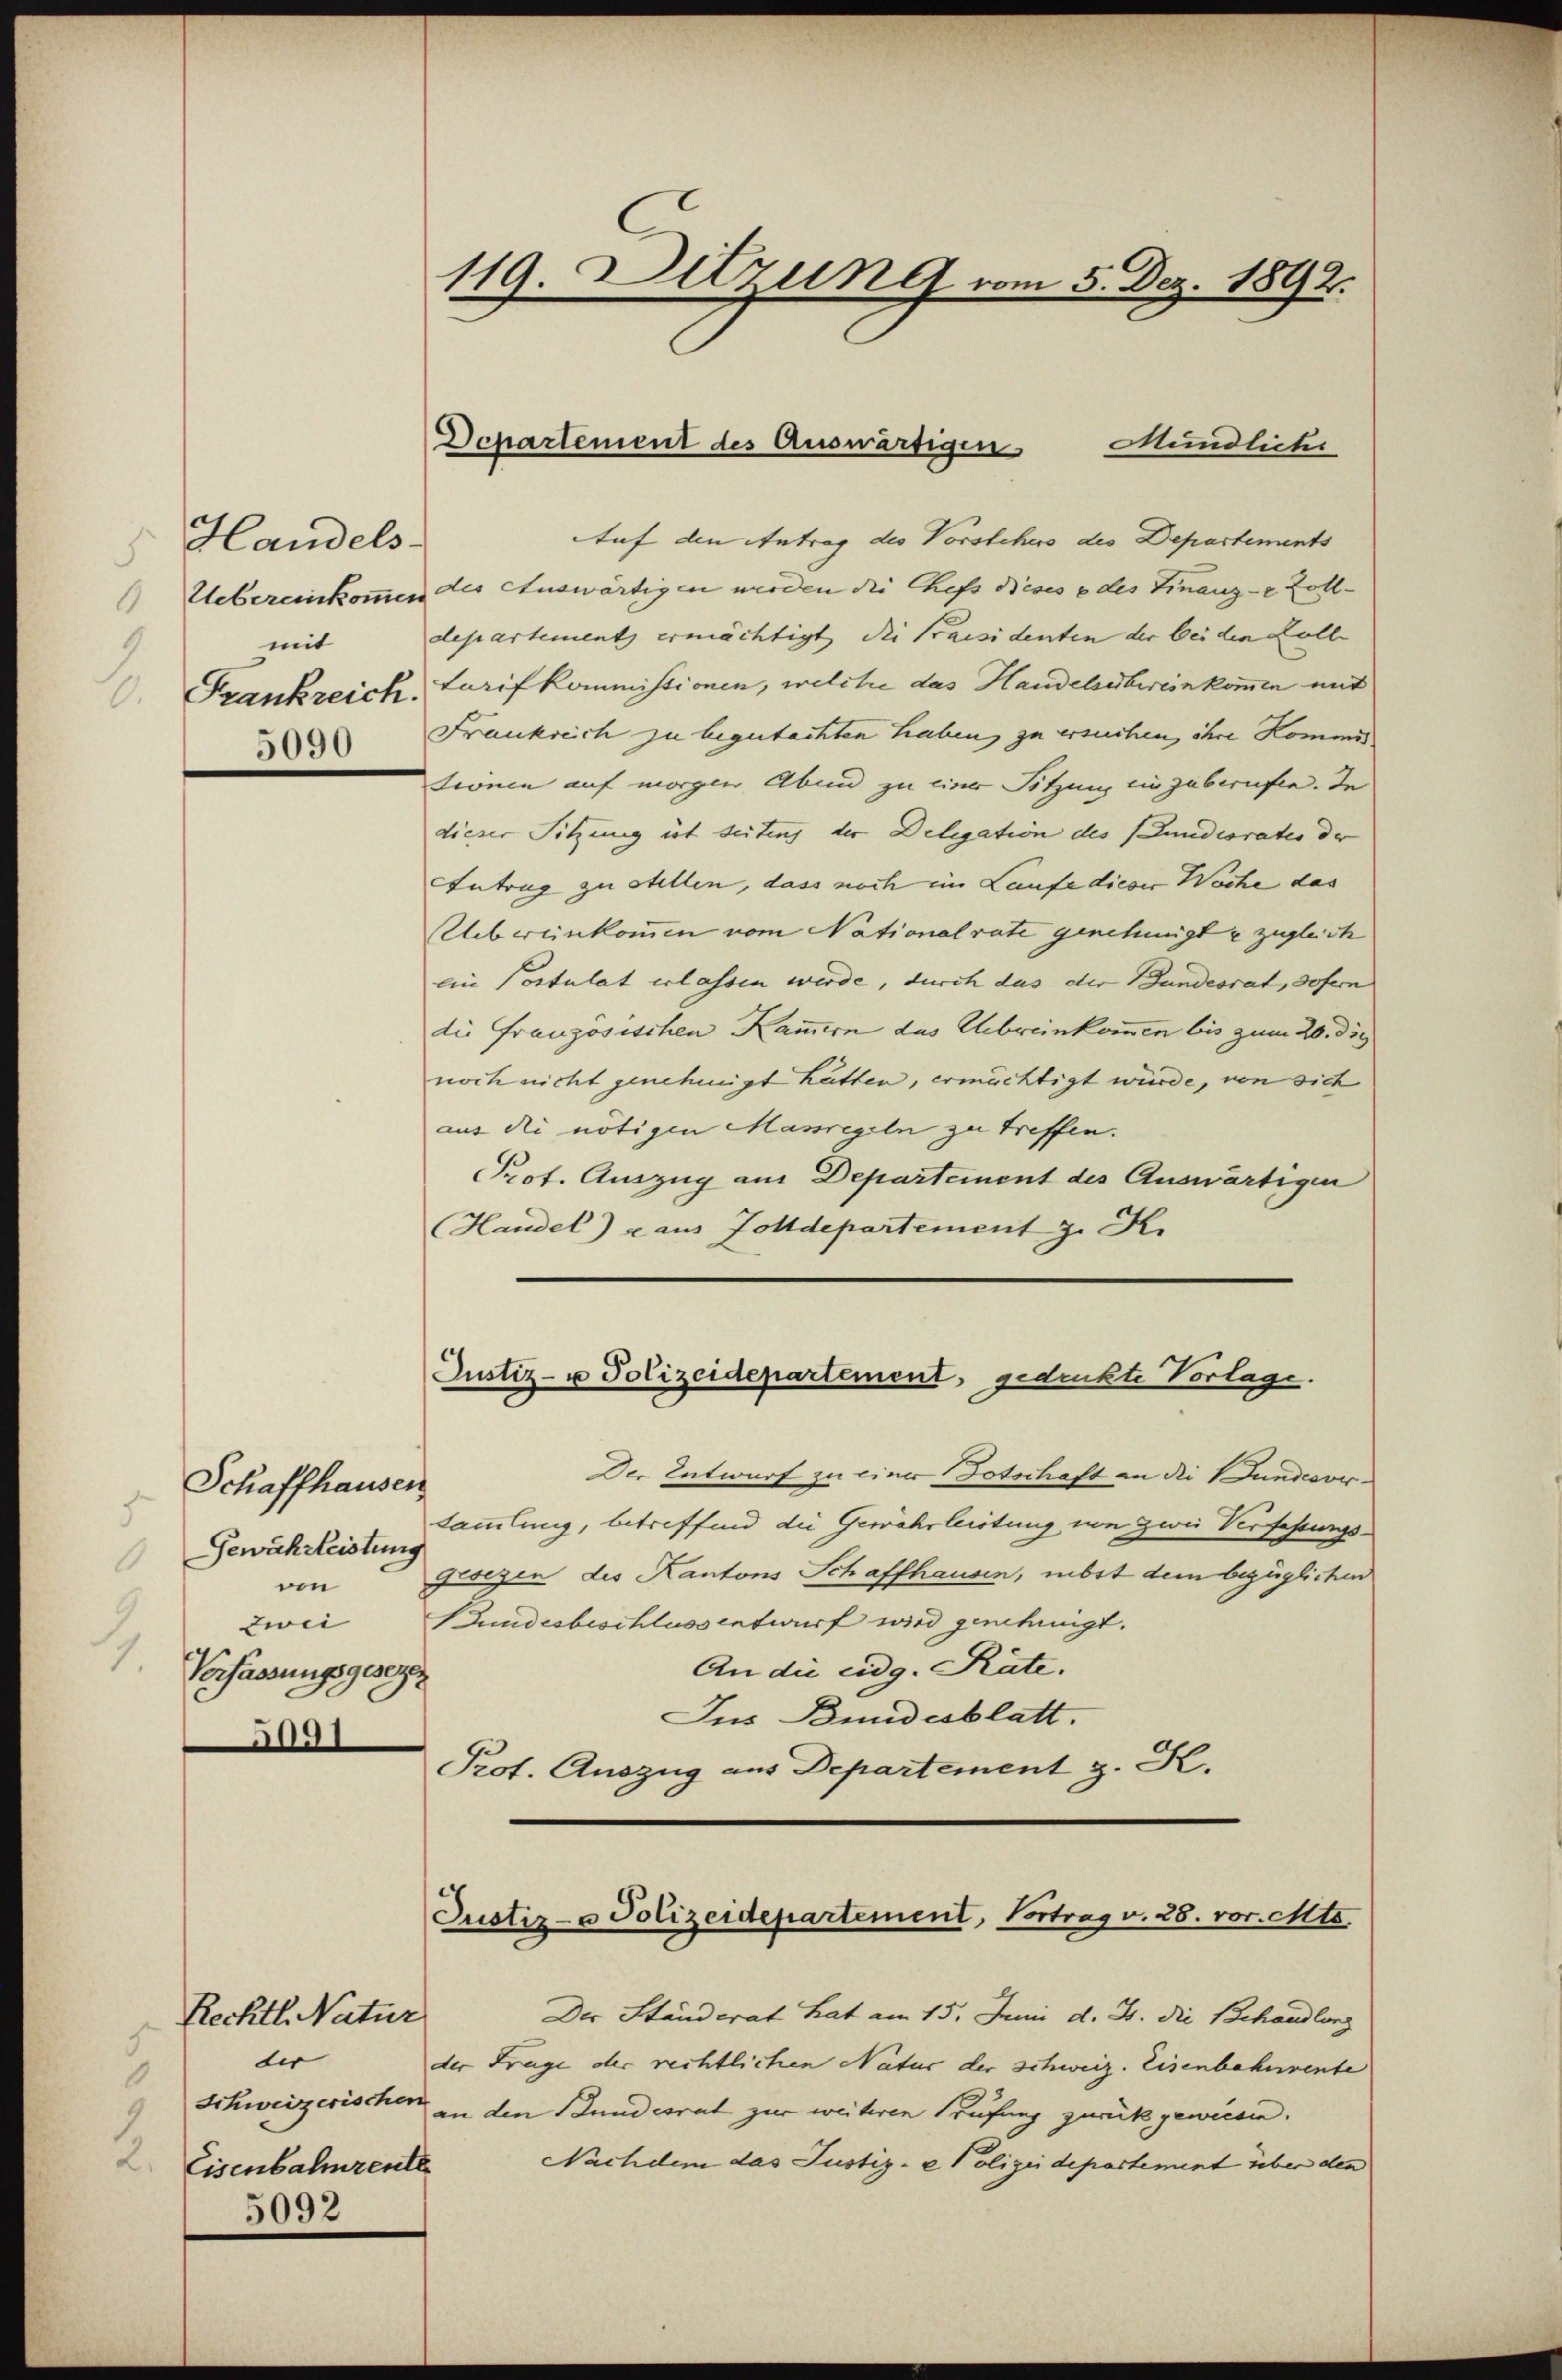
5

Handels-
mit
5090

Schaffhausen
Gewährleistung
6
von
9
zwii
1.
Verfassungsgesetze
5091

Rechtl. Natur
dir
0
9
Eisenbahnrente
5092

119. Ditzung vom 5. Dez. 1892.

Mündliche
Auf den Antrag des Vorstehers des Departements
Uebereinkommen des Auswärtigen werden die Chefs dieses e des Finanz- & Zolldepartement ermächtigt die Praesidenten der bei den Kolle |
Frankreich. Larif kommissionen, welcher das Handelsübereinkommen mit
Frankreich zu begutachten haben zu ersuchen, ihre Kommis
tionen auf morgen Abend zu eine Sitzung ein zuberufe. In
dieser Sitzung ist seiten, der Delegation des (undesrates der
Antrag zu stellen, dass noch im Laufe dieser Woche das
Uebereinkommen vom Nationalrate genehmigte zugleich
ein Postulat erlassen werde, durch das der Bundesrat, sofern
die Französischen Kammern das Uebereinkommen bis zum 20. die
noch nicht genehmigt hätten, ermächtigt wurde, von sich
aus die nötigen Massregeln zu treffen.
Prot. Auszug aus Departement des Auswärtigen
Handel) u aus Zolldepartement z. K.

Departement des Auswärtigen

Justiz- u Polizeidepartement, gedruckte Vorlage.

Der Entwurf zu einer Totschaft an die undcovic
Sammlung, betreffend die Gewährleistung von zwei Verfassungs¬
Gesezen des Kantons Schaffhausen, nebst dem bezüglichen
Bundesbeschlussentwurf wird genehmigt.
An die eidg. Räte.
Ins Bundesblatt.
Prot. Auszug aus Departement z. R.

Justiz- u Polizeidepartement, Vortrag v. 28. vor. Mts.

Der Ständerat hat am 15. Juni d. J. die Behandlung
der Frage der rechtlichen Natur der schweiz. Eisenbahnvente
Schweizerischen in den Bundesrat zur weiteren Prüfung zurückgewiesen.
Nachdem das Justiz- & Polizeidepartement über den